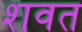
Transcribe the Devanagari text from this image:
शवत